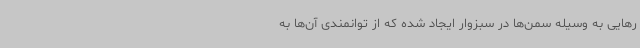
رهایی به وسیله سمن‌ها در سبزوار ایجاد شده که از توانمندی آن‌ها به